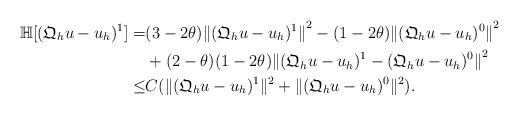
LaTeX: \begin{align*}\mathbb{H}[(\mathfrak{Q}_hu-u_{h})^{1}]=&(3-2\theta){\|(\mathfrak{Q}_hu-u_{h})^{1}\|}^{2}-(1-2\theta){\|(\mathfrak{Q}_hu-u_{h})^{0}\|}^{2}\\&+(2-\theta)(1-2\theta){\|(\mathfrak{Q}_hu-u_{h})^{1}-(\mathfrak{Q}_hu-u_{h})^{0}\|}^{2}\\\leq & C(\|(\mathfrak{Q}_hu-u_{h})^{1}\|^2+\|(\mathfrak{Q}_hu-u_{h})^{0}\|^2).\end{align*}